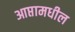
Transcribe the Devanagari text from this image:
आप्तामधील